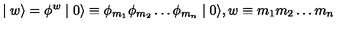
\mid w \rangle = \phi ^ { w } \mid 0 \rangle \equiv \phi _ { m _ { 1 } } \phi _ { m _ { 2 } } \ldots \phi _ { m _ { n } } \mid 0 \rangle , w \equiv m _ { 1 } m _ { 2 } \ldots m _ { n }